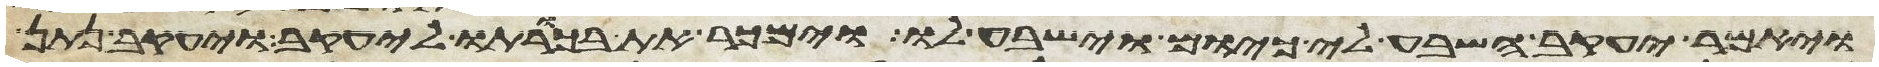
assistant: ויאמר יעקב השבע לי כיום וישבע לו וימכר את בכורתו ליעקב ויעקב נתן